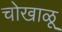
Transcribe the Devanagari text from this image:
चोखाळू